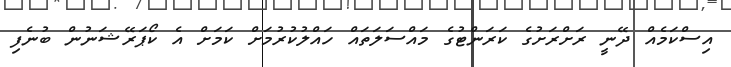
އިސްކަމެއް ދޭނީ ރަށްރަށުގެ ކަރަންޓުގެ މައްސަލަތައް ހައްލުކުރުމަށް ކަމަށް އެ ކޯޕަރޭޝަނުން ބުނެފި